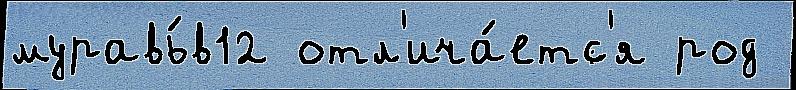
муравь́в12 отл'ича́етс'я род